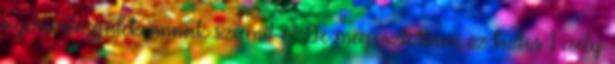
nyereményjáték annak számít-e?: De megosztottam, ez biztos 1 esély